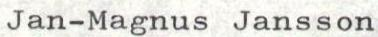
Jan-Magnus Jansson